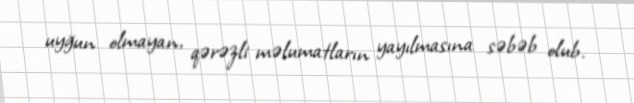
uyğun olmayan, qərəzli məlumatların yayılmasına səbəb olub.